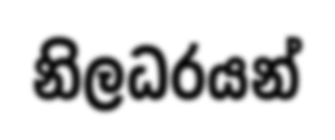
නිලධරයන්